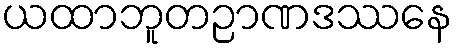
ယထာဘူတဉာဏဒဿနေ